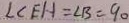
\angle C E H = \angle B = 9 0